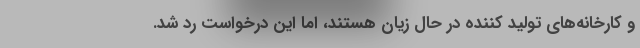
و کارخانه‌های تولید کننده در حال زیان هستند، اما این درخواست رد شد.